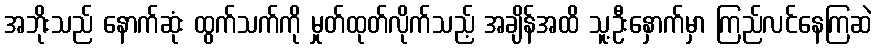
အဘိုးသည် နောက်ဆုံး ထွက်သက်ကို မှုတ်ထုတ်လိုက်သည့် အချိန်အထိ သူ့ဦးနှောက်မှာ ကြည်လင်နေကြဆဲ